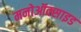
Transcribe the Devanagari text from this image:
मनोऑक्‍साइड